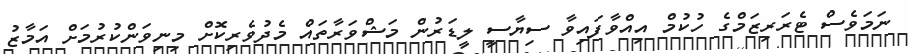
ނަމަވެސް ޓެރަރިޒަމްގެ ހުކުމް އިއްވާފައިވާ ސިޔާސީ ލީޑަރުން މަޝްވަރާތައް މެދުވެރިކޮށް މިނިވަންކުރުމަށް އަމާޒު